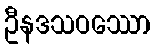
ဦနဒသဝဿော